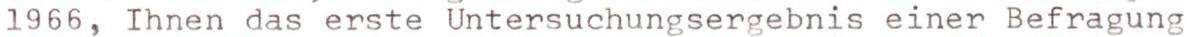
1966, Ihnen das erste Untersuchungsergebnis einer Befragung